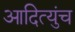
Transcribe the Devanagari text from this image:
आदित्युंच